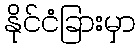
နိုင်ငံခြားမှာ